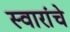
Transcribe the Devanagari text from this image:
स्वारांचे